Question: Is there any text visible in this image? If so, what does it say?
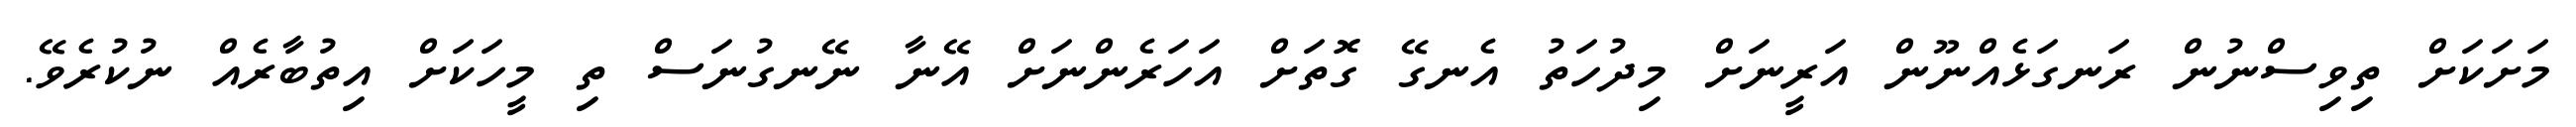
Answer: މަށަކަށް ތިވިސްނުން ރަނގަޅެއްނޫން އަރީނަށް މިދުހަތު އެނގޭ ގޮތަށް އަހަރެންނަށް އޭނާ ނޭނގުނަސް ތި މީހަކަށް އިތުބާރެއް ނުކުރެވޭ.